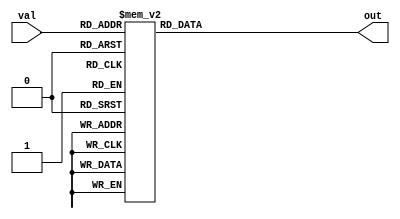
module seven_segment(
    input [3:0] val,
    output reg [6:0] out
);

// ---0----
// |	  |
// 5	  1
// |	  |
// ---6----
// 4	  2
// |	  |
// ---3----

    always @(val) begin
        case(val)
            4'h0: out = 7'b1000000;
            4'h1: out = 7'b1111001;	    
            4'h2: out = 7'b0100100; 	
            4'h3: out = 7'b0110000; 	
            4'h4: out = 7'b0011001; 	
            4'h5: out = 7'b0010010; 	
            4'h6: out = 7'b0000010; 	
            4'h7: out = 7'b1111000; 	
            4'h8: out = 7'b0000000; 	
            4'h9: out = 7'b0011000; 	

            4'ha: out = 7'b0001000;
            4'hb: out = 7'b0000011;
            4'hc: out = 7'b1000110;
            4'hd: out = 7'b0100001;
            4'he: out = 7'b0000110;
            //4'hf: out = 7'b0001110;
            
            4'hf: out = 7'b1111111; // blank
        endcase
    end

endmodule